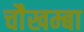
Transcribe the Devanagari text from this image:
चाैखम्बा